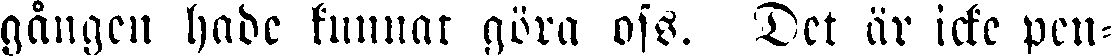
gången hade kunnat göra oss. Det är icke pen-